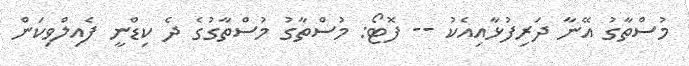
މުސްތާގު އޭނާ ދަރިފުޅާއިއެކު -- ފޮޓޯ: މުސްތާގު މުސްތާގުގެ ދެ ކިޑްނީ ފެއިލްވިކަން